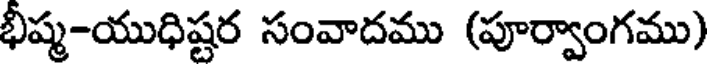
భీష్మ-యుధిష్టర సంవాదము (పూర్వాంగము)